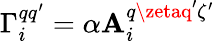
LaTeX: \Gamma_{i}^{qq^{\prime}}=\alpha\mathbf{A}_{i}^{q\zetaq^{\prime}\zeta^{\prime}}